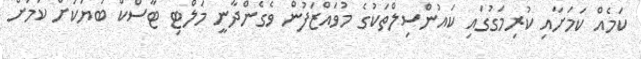
ކަމެއް ކަމަށާއި ކުރިމަގުގައި ކައުންސިލްތަކުގެ މުވައްޒަފުން ވެގެންދާނީ މަލްޓި ޓާސްކް ބަޔަކަށް ކަމަށް